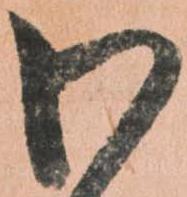
わ